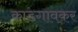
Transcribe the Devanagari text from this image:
काडगावकर